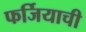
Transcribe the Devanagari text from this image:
फर्जियाची